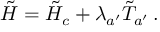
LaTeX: \tilde { H } = \tilde { H } _ { c } + \lambda _ { a ^ { \prime } } \tilde { T } _ { a ^ { \prime } } \, .